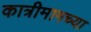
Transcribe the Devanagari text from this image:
कात्रीमागच्या